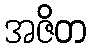
အဇိတ